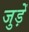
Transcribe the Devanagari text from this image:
जुड़ेँ